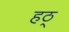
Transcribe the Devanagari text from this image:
हठ्